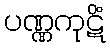
ပဏ္ဏကုဋိံ